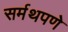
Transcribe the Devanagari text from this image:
सर्मथपणे